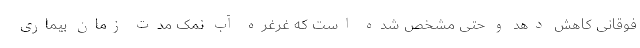
فوقانی کاهش دهد و حتی مشخص شده است که غرغره آب نمک مدت زمان بیماری